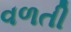
વળતી